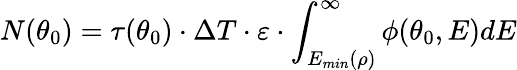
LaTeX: N(\theta_{0})=\tau(\theta_{0})\cdot\Delta{T}\cdot\varepsilon\cdot\int_{E_{min}(\rho)}^{\infty}\phi(\theta_{0},E)dE